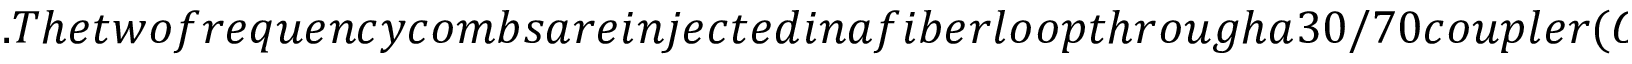
. T h e t w o f r e q u e n c y c o m b s a r e i n j e c t e d i n a f i b e r l o o p t h r o u g h a 3 0 / 7 0 c o u p l e r ( C 2 ) . T h e f i b e r l o o p i s 1 5 m e t e r s l o n g , c o r r e s p o n d i n g t o a r o u n d t r i p f r e q u e n c y o f a p p r o x i m a t e l y